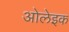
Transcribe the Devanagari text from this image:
ओलेइक